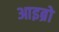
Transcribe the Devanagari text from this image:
आइब्रो